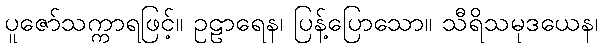
ပူဇော်သက္ကာရဖြင့်။ ဥဠာရေန၊ ပြန့်ပြောသော။ သီရိသမုဒယေန၊